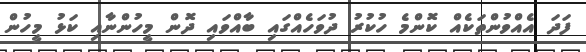
ފަދަ އެއްވުންތަކެއް ކޮންމެ ހުކުރު ދުވަހެއްގައި ބާއްވައި ދޮން މީހުންނާއި ކަޅު މީހުން